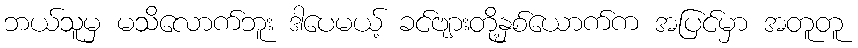
ဘယ်သူမှ မသိလောက်ဘူး ဒါပေမယ့် ခင်ဗျားတို့နှစ်ယောက်က အပြင်မှာ အတူတူ